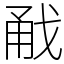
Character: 㦷